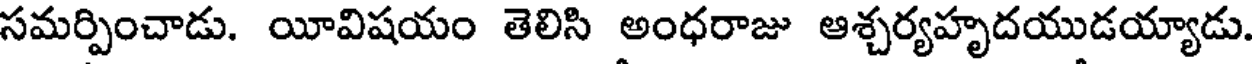
సమర్పించాడు. యీవిషయం తెలిసి అంధరాజు ఆశ్చర్యహృదయుడయ్యాడు.